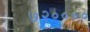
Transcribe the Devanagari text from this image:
७२००००